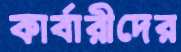
কার্বারীদের